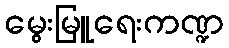
မွေးမြူရေးကဏ္ဍ